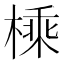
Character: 𪳕